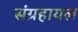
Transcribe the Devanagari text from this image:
संग्रहायल